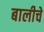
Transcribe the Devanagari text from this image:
बालीचे